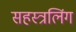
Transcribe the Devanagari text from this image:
सहस्त्रलिंग